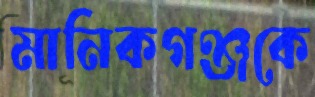
মানিকগঞ্জকে